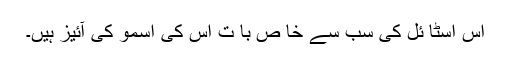
اس اسٹا ئل کی سب سے خا ص با ت اس کی اسمو کی آئیز ہیں۔